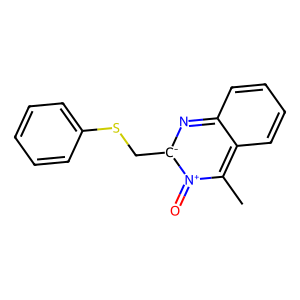
SMILES: Cc1c2ccccc2n[c-](CSc2ccccc2)[n+]1=O
Inhibits HIV replication: Yes